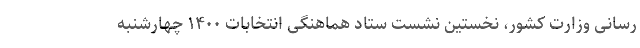
رسانی وزارت کشور، نخستین نشست ستاد هماهنگی انتخابات ۱۴۰۰ چهارشنبه